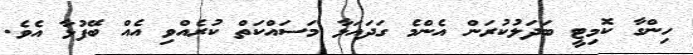
ހިންގާ ކޮމިޓީ ބަދަލުކުރަން އެންމެ ގަދައަޅާ މަސައްކަތް ކުރެއްވި އެއް ބޭފުޅާ އެވެ.